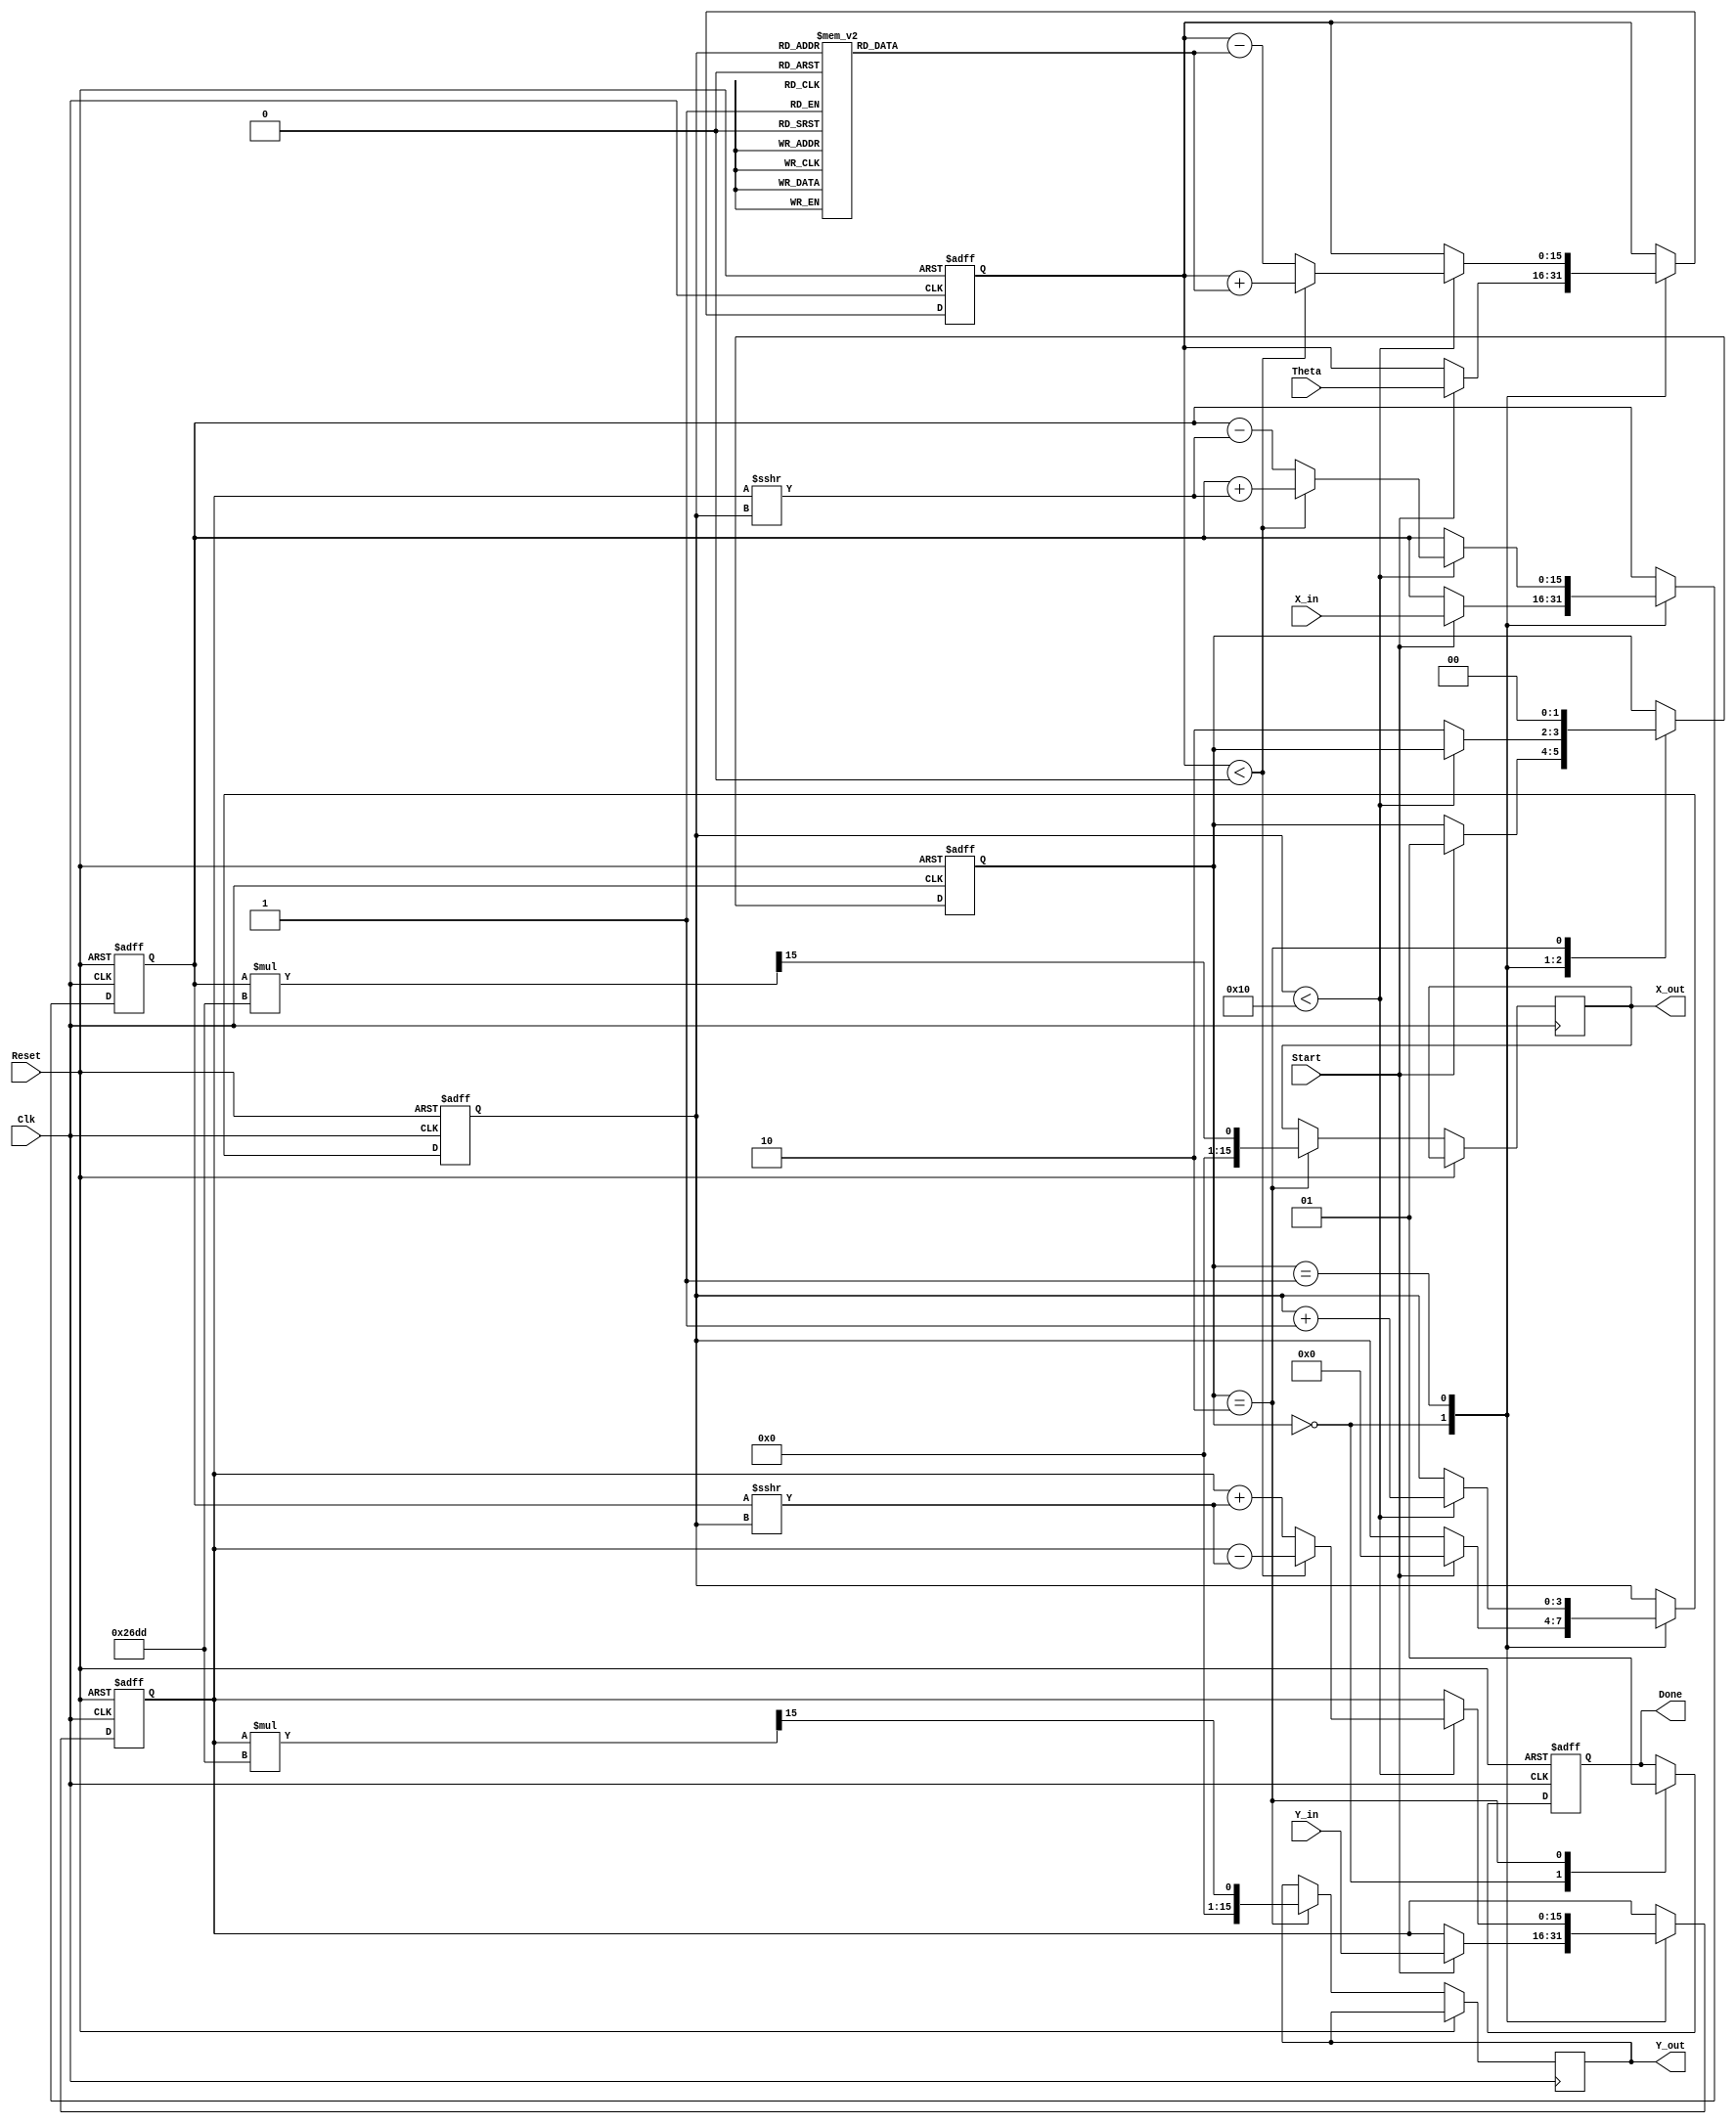
module CORDIC_2D (
    input wire signed [15:0] X_in,      // Input x-coordinate
    input wire signed [15:0] Y_in,      // Input y-coordinate
    input wire signed [15:0] Theta,      // Input angle (in radians)
    input wire Start,                   // Start signal
    input wire Clk,                     // Clock signal
    input wire Reset,                   // Asynchronous reset
    output reg signed [15:0] X_out,     // Output x-coordinate
    output reg signed [15:0] Y_out,     // Output y-coordinate
    output reg Done                     // Completion signal
);

    // Internal registers
    reg signed [15:0] X_reg;
    reg signed [15:0] Y_reg;
    reg signed [15:0] Theta_reg;
    reg [3:0] Iteration_count;           // Number of iterations (max 16 for example)
    reg [1:0] state;                     // State machine (0: Idle, 1: Compute, 2: Done)

    // CORDIC gain and angle lookup table
    parameter CORDIC_GAIN = 16'h26DD; // Gain factor (K)
    reg signed [15:0] angle_table [0:15]; // Angle lookup table

    initial begin
        // Initialize angle lookup table (arctan(2^-i) for i=0 to 15)
        angle_table[0] = 16'h3243; // atan(1)
        angle_table[1] = 16'h1DAC; // atan(0.5)
        angle_table[2] = 16'h0FAD; // atan(0.25)
        angle_table[3] = 16'h07E4; // atan(0.125)
        angle_table[4] = 16'h03E0; // atan(0.0625)
        angle_table[5] = 16'h01F0; // atan(0.03125)
        angle_table[6] = 16'h00FC; // atan(0.015625)
        angle_table[7] = 16'h007E; // atan(0.0078125)
        angle_table[8] = 16'h003E; // atan(0.00390625)
        angle_table[9] = 16'h001F; // atan(0.001953125)
        angle_table[10] = 16'h000F; // atan(0.0009765625)
        angle_table[11] = 16'h0007; // atan(0.00048828125)
        angle_table[12] = 16'h0003; // atan(0.000244140625)
        angle_table[13] = 16'h0001; // atan(0.0001220703125)
        angle_table[14] = 16'h0000; // atan(0)
        angle_table[15] = 16'h0000; // atan(0)
    end

    // State machine
    always @(posedge Clk or posedge Reset) begin
        if (Reset) begin
            state <= 0;
            X_reg <= 0;
            Y_reg <= 0;
            Theta_reg <= 0;
            Iteration_count <= 0;
            Done <= 0;
        end else begin
            case (state)
                0: begin // Idle state
                    Done <= 0;
                    if (Start) begin
                        X_reg <= X_in;
                        Y_reg <= Y_in;
                        Theta_reg <= Theta;
                        Iteration_count <= 0;
                        state <= 1; // Transition to Compute
                    end
                end
                1: begin // Compute state
                    if (Iteration_count < 16) begin
                        if (Theta_reg < 0) begin
                            // Rotate clockwise
                            X_reg <= X_reg + (Y_reg >>> Iteration_count);
                            Y_reg <= Y_reg - (X_reg >>> Iteration_count);
                            Theta_reg <= Theta_reg + angle_table[Iteration_count];
                        end else begin
                            // Rotate counterclockwise
                            X_reg <= X_reg - (Y_reg >>> Iteration_count);
                            Y_reg <= Y_reg + (X_reg >>> Iteration_count);
                            Theta_reg <= Theta_reg - angle_table[Iteration_count];
                        end
                        Iteration_count <= Iteration_count + 1;
                    end else begin
                        state <= 2; // Transition to Done
                    end
                end
                2: begin // Done state
                    X_out <= X_reg * CORDIC_GAIN >>> 15; // Scale output
                    Y_out <= Y_reg * CORDIC_GAIN >>> 15; // Scale output
                    Done <= 1;
                    state <= 0; // Return to Idle
                end
            endcase
        end
    end

endmodule